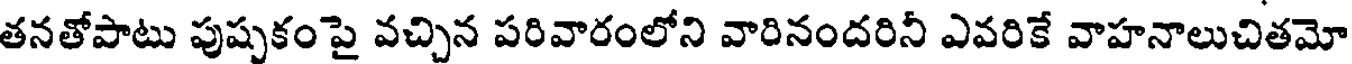
తనతోపాటు పుష్పకంపై వచ్చిన పరివారంలోని వారినందరినీ ఎవరికే వాహనాలుచితమో